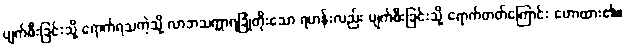
ပျက်စီးခြင်းသို့ ရောက်ရသကဲ့သို့ လာဘသက္ကာရခြုံတိုးသော ရဟန်းလည်း ပျက်စီးခြင်းသို့ ရောက်တတ်ကြောင်း ဟောထား၏။